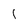
Character: 1